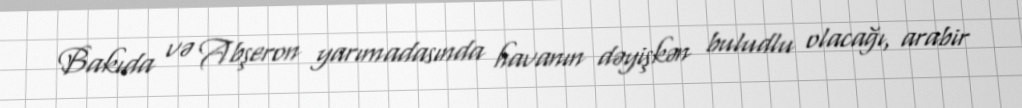
Bakıda və Abşeron yarımadasında havanın dəyişkən buludlu olacağı, arabir